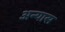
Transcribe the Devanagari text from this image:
अन्यास